Indian journal of veterinary science and animal husbandry - Volume 3,
Year: 1933
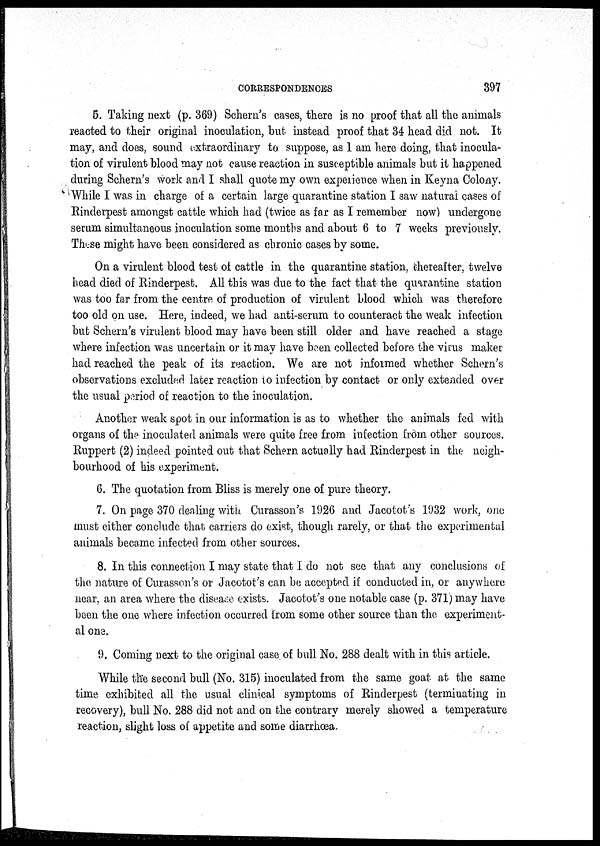
CORRESPONDENCES
397
5. Taking next (p. 369) Schern's cases, there is no proof that all the animals
reacted to their original inoculation, but instead proof that 34 head did not. It
may, and does, sound extraordinary to suppose, as 1 am here doing, that inocula-
tion of virulent blood may not cause reaction in susceptible animals but it happened
during Schern's work and I shall quote my own experience when in Keyna Colony.
While I was in charge of a certain large quarantine station I saw natural cases of
Rinderpest amongst cattle which had (twice as far as I remember now) undergone
serum simultaneous inoculation some months and about 6 to 7 weeks previously.
These might have been considered as chronic cases by some.
On a virulent blood test of cattle in the quarantine station, thereafter, twelve
head died of Rinderpest. All this was due to the fact that the quarantine station
was too far from the centre of production of virulent blood which was therefore
too old on use. Here, indeed, we had anti-serum to counteract the weak infection
but Schern's virulent blood may have been still older and have reached a stage
where infection was uncertain or it may have been collected before the virus maker
had reached the peak of its reaction. We are not informed whether Schern's
observations excluded later reaction to infection by contact or only extended over
the usual period of reaction to the inoculation.
Another weak spot in our information is as to whether the animals fed with
organs of the inoculated animals were quite free from infection from other sources.
Ruppert (2) indeed pointed out that Schern actually had Rinderpest in the neigh-
bourhood of his experiment.
6. The quotation from Bliss is merely one of pure theory.
7. On page 370 dealing with Curasson's 1926 and Jacotot's 1932 work, one
must either conclude that carriers do exist, though rarely, or that the experimental
animals became infected from other sources.
8. In this connection I may state that I do not see that any conclusions of
the nature of Curasson's or Jacotot's can be accepted if conducted in, or anywhere
near, an area where the disease exists. Jacotot's one notable case (p. 371) may have
been the one where infection occurred from some other source than the experiment-
al one.
9. Coming next to the original case of bull No. 288 dealt with in this article.
While the second bull (No. 315) inoculated from the same goat at the same
time exhibited all the usual clinical symptoms of Rinderpest (terminating in
recovery), bull No. 288 did not and on the contrary merely showed a temperature
reaction, slight loss of appetite and some diarrhoea.